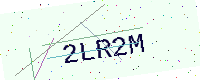
Text: 2LR2M